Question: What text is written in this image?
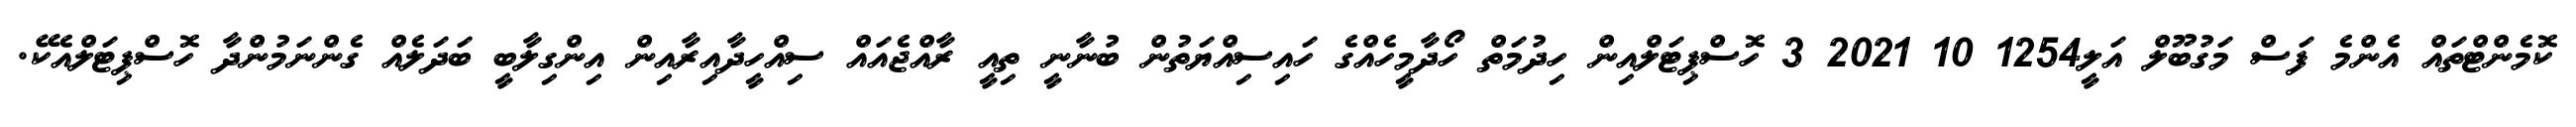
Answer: ކޮމެންޓްތައް އެންމެ ފަސް މަގުބޫލް އަލީ1254 10 2021 3 ހޮސްޕިޓަލްއިން ހިދުމަތް ހޯދާމީހެއްގެ ހައިސިއްޔަތުން ބުނާނީ ތިއީ ރާއްޖެއައް ސިއްހީދާއިރާއިން އިންގިލާބީ ބަދަލެއް ގެންނަމުންދާ ހޮސްޕިޓަލްއެކޭ.